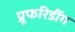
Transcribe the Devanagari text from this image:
प्रूफरिडींग